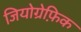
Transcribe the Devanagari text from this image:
जियोग्रेफ़िक